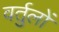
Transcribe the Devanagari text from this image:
वर्तुलों